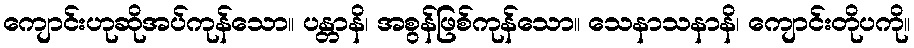
ကျောင်းဟုဆိုအပ်ကုန်သော။ ပန္တာနိ၊ အစွန်ဖြစ်ကုန်သော။ သေနာသနာနိ၊ ကျောင်းတိုပကို။